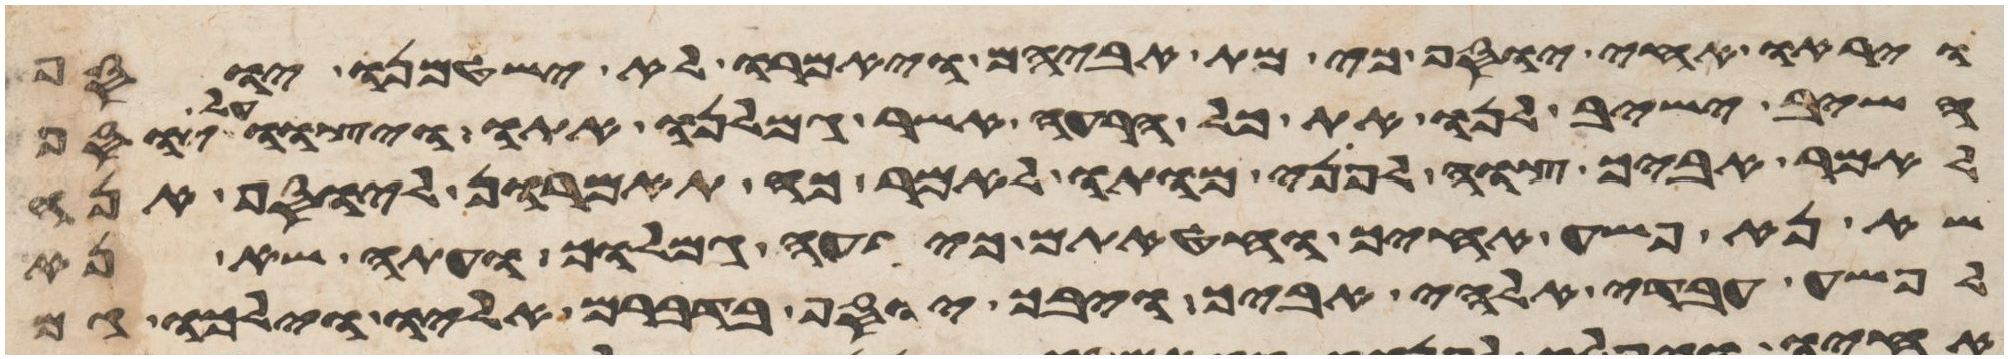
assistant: ויראו אחי יוסף כי מת אביהם ויאמרו לא ישטמנו יוסף
השב ישיב לנו את כל הרעה אשר גמלנו אתו ויצוו על יוסף
לאמר אביך צוה לפני מותו לאמר כה תאמרון ליוסף אנה
שא נא פשע אחיך וחטאתם כי רעה גמלוך ועתה שא נא
לפשע עבדי אלהי אביך ויבך יוסף בדברם אליו וילכו גם